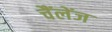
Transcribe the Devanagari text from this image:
चैंलेंज